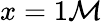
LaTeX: x=1\mathcal{M}